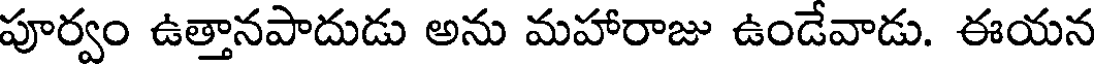
పూర్వం ఉత్తానపాదుడు అను మహారాజు ఉండేవాడు. ఈయన